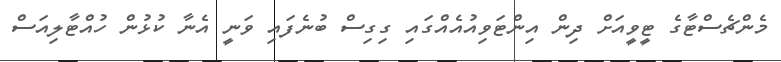
މެންޗެސްޓާގެ ޓީވީއަށް ދިން އިންޓަވިއުއެއްގައި ގިގިސް ބުނެފައި ވަނީ އެނާ ކުޅުން ހުއްޓާލިއަސް